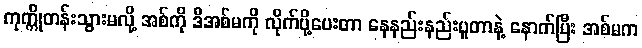
ကုက္ကိုတန်းသွားမလို့ အစ်ကို ဒီအစ်မကို လိုက်ပို့ပေးတာ နေနည်းနည်းပူတာနဲ့ နောက်ပြီး အစ်မက